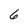
Character: 6